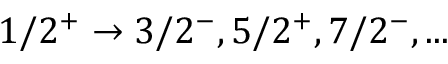
1 / 2 ^ { + } \to 3 / 2 ^ { - } , 5 / 2 ^ { + } , 7 / 2 ^ { - } , . . .